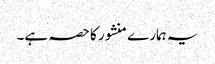
یہ ہمارے منشور کا حصہ ہے۔